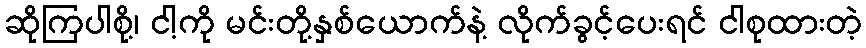
ဆိုကြပါစို့၊ ငါ့ကို မင်းတို့နှစ်ယောက်နဲ့ လိုက်ခွင့်ပေးရင် ငါစုထားတဲ့